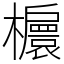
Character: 𣟴